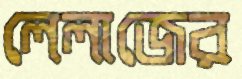
লেলাজের